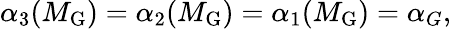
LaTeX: \alpha_{3}(M_{\mathrm{G}})=\alpha_{2}(M_{\mathrm{G}})=\alpha_{1}(M_{\mathrm{G}})=\alpha_{G},